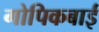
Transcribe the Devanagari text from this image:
गोपिकबाई